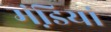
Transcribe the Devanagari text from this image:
मंडि़यां